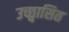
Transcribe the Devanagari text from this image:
उच्छ्वासित